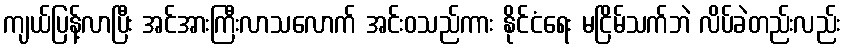
ကျယ်ပြန့်လာပြီး အင်အားကြီးလာသလောက် အင်းဝသည်ကား နိုင်ငံရေး မငြိမ်သက်ဘဲ လိပ်ခဲတည်းလည်း